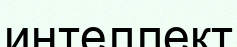
интеллект